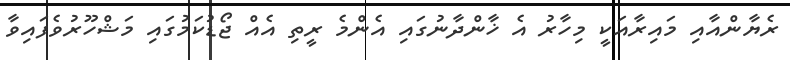
ރެޔާންއާއި މައިރާއަކީ މިހާރު އެ ޚާންދާނުގައި އެންމެ ރީތި އެއް ޖޯޑުކަމުގައި މަޝްހޫރުވެފައިވާ